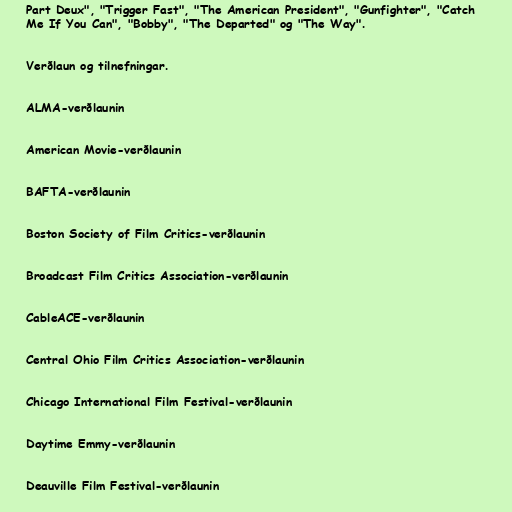
Part Deux", "Trigger Fast", "The American President", "Gunfighter", "Catch
Me If You Can", "Bobby", "The Departed" og "The Way".

Verðlaun og tilnefningar.

ALMA-verðlaunin

American Movie-verðlaunin

BAFTA-verðlaunin

Boston Society of Film Critics-verðlaunin

Broadcast Film Critics Association-verðlaunin

CableACE-verðlaunin

Central Ohio Film Critics Association-verðlaunin

Chicago International Film Festival-verðlaunin

Daytime Emmy-verðlaunin

Deauville Film Festival-verðlaunin